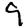
Digit: 9